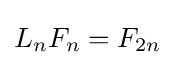
\textstyle L_{n}F_{n}=F_{2n}\!